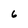
Character: 6